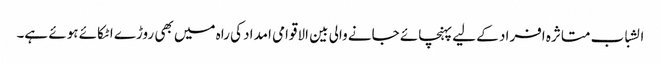
الشباب متاثرہ افراد کے لیے پہنچائے جانے والی بین الاقوامی امداد کی راہ میں بھی روڑے اٹکائے ہوئے ہے۔